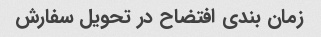
زمان بندی افتضاح در تحویل سفارش